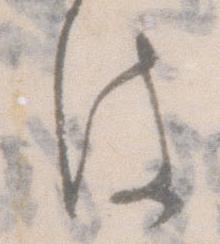
は